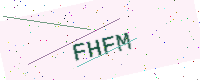
Text: FHFM